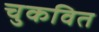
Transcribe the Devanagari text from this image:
चुकवित